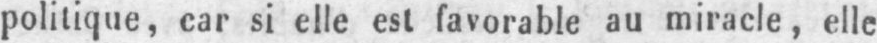
politique, car si elle est favorable au miracle, elle